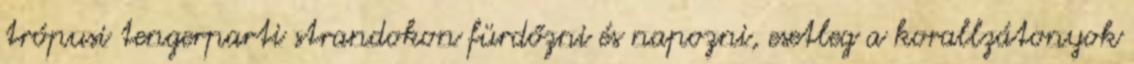
trópusi tengerparti strandokon fürdőzni és napozni, esetleg a korallzátonyok